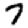
Digit: 7